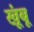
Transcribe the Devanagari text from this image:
खूंबू